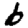
Digit: 6